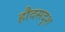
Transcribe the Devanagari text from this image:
हौदसदृश